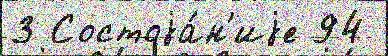
3 Состоjа́н'иjе 94